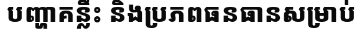
បញ្ហាគន្លឹះ និងប្រភពធនធានសម្រាប់